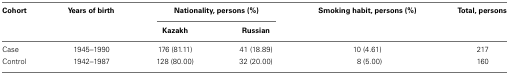
<table><thead><tr><td><b>Cohort</b></td><td><b>Years of birth</b></td><td colspan="2"><b>Nationality, persons (%)</b></td><td><b>Smoking habit, persons (%)</b></td><td><b>Total, persons</b></td></tr><tr><td></td><td></td><td><b>Kazakh</b></td><td><b>Russian</b></td><td></td></tr></thead><tbody><tr><td>Case</td><td>1945–1990</td><td>176 (81.11)</td><td>41 (18.89)</td><td>10 (4.61)</td><td>217</td></tr><tr><td>Control</td><td>1942–1987</td><td>128 (80.00)</td><td>32 (20.00)</td><td>8 (5.00)</td><td>160</td></tr></tbody></table>